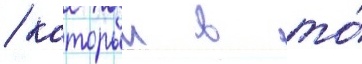
/ которыи в то́